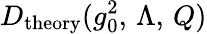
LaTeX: D_{\mathrm{theory}}(g_{0}^{2},\, \Lambda,\, Q)